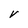
Character: V